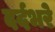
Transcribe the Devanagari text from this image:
दर्दभरे